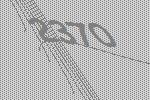
2370